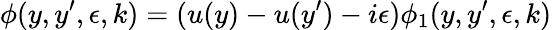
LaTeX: \phi(y,y^{\prime},\epsilon,k)=(u(y)-u(y^{\prime})-i\epsilon)\phi_{1}(y,y^{\prime},\epsilon,k)